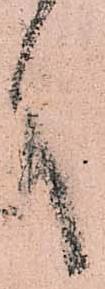
言